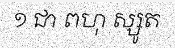
១ ជា ពហុ ស្សូត